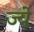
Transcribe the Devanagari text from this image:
ज्ये